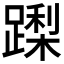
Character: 𮜏